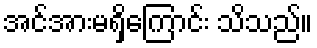
အင်အားမရှိကြောင်း သိသည်။